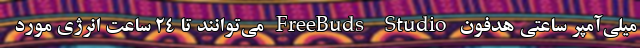
میلی‌آمپر ساعتی هدفون FreeBuds Studio می‌توانند تا ۲۴ ساعت انرژی مورد